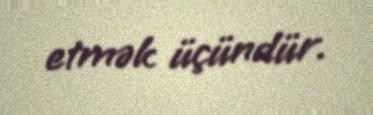
etmək üçündür.